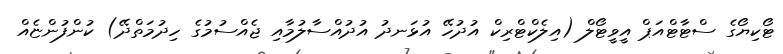
ޓޯކިޔޯގެ ސްޓާޓްއަޕް އީވީޓޯލް (އިލެކްޓްރިކް އުދުހޭ އުޅަނދު އުދުއްސާލުމާއި ޖެއްސުމުގެ ހިދުމަތްދޭ) ކުންފުންޏެއް